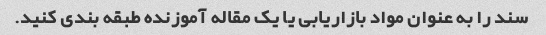
سند را به عنوان مواد بازاریابی یا یک مقاله آموزنده طبقه بندی کنید.